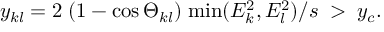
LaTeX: y _ { k l } = 2 \; ( 1 - \cos \Theta _ { k l } ) \; \mathrm { m i n } ( E _ { k } ^ { 2 } , E _ { l } ^ { 2 } ) / s \; > \; y _ { c } .